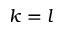
k = l